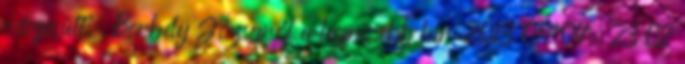
részesült. Borbély Józsefről a legfrissebb hír: 2013 01.04. 23:02